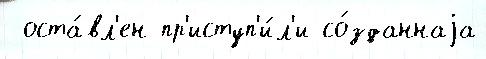
 оста́вл'ен пр'иступ'и́л'и со́зданнаjа